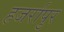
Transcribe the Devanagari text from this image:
हजर्रापुर